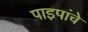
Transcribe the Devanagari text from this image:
पाइपांचे